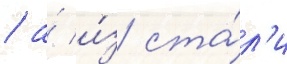
/ а́ и́з ста́л'и